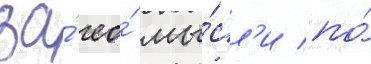
за́ ео́ мы́сл'и по́